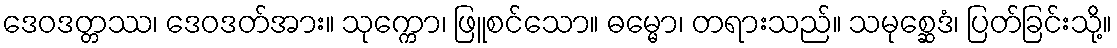
ဒေဝဒတ္တဿ၊ ဒေဝဒတ်အား။ သုက္ကော၊ ဖြူစင်သော။ ဓမ္မော၊ တရားသည်။ သမုစ္ဆေဒံ၊ ပြတ်ခြင်းသို့။